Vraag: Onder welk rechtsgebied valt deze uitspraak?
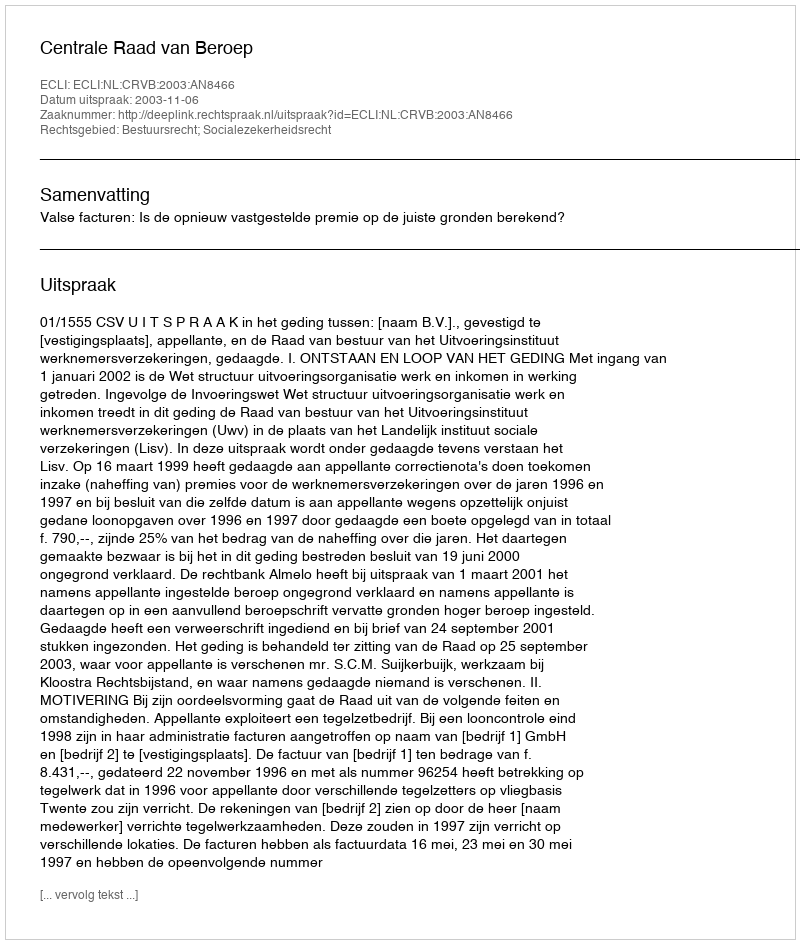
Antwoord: Bestuursrecht; Socialezekerheidsrecht